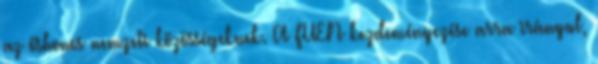
az őshonos nemzeti közösségeknek. A FUEN kezdeményezése arra irányul,